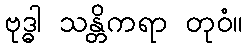
ဗုဒ္ဓါ သန္တိကရာ တုဝံ။